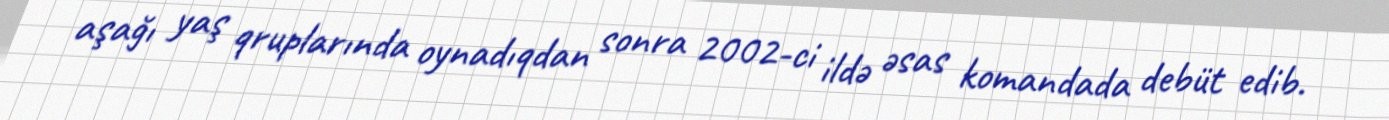
aşağı yaş qruplarında oynadıqdan sonra 2002-ci ildə əsas komandada debüt edib.